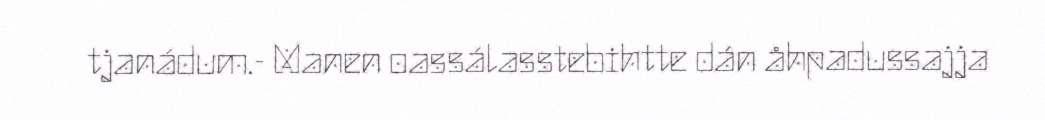
tjanádum.- Manen oassálasstebihtte dán åhpadussajja